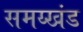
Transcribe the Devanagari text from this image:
समय्खंड